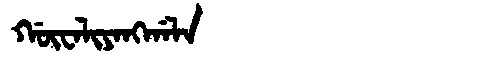
Manchu: ᡤᡡᠸᠠᠯᡳᠶᠠᠩᡤᠠᠯᠠ
Romanization: GŪWALIYANGGALA